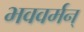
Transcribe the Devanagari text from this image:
भववर्मन्‌